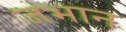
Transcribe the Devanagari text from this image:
जभान